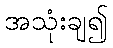
အသုံးချ၍